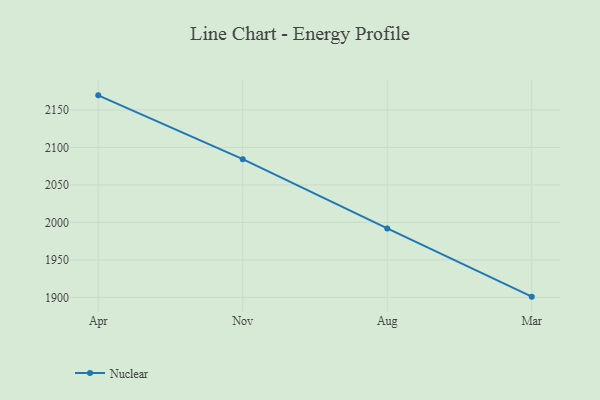
{"axis": {"x": "Month", "y": "Population (Million)"}, "legend": ["Nuclear"], "data": [{"x": "Apr", "y": 2169.4, "type": "Nuclear"}, {"x": "Nov", "y": 2084.3, "type": "Nuclear"}, {"x": "Aug", "y": 1992.0, "type": "Nuclear"}, {"x": "Mar", "y": 1901.0, "type": "Nuclear"}]}